Annual administration report of the Civil Veterinary Department of India - 1894-1895
Year: 1894
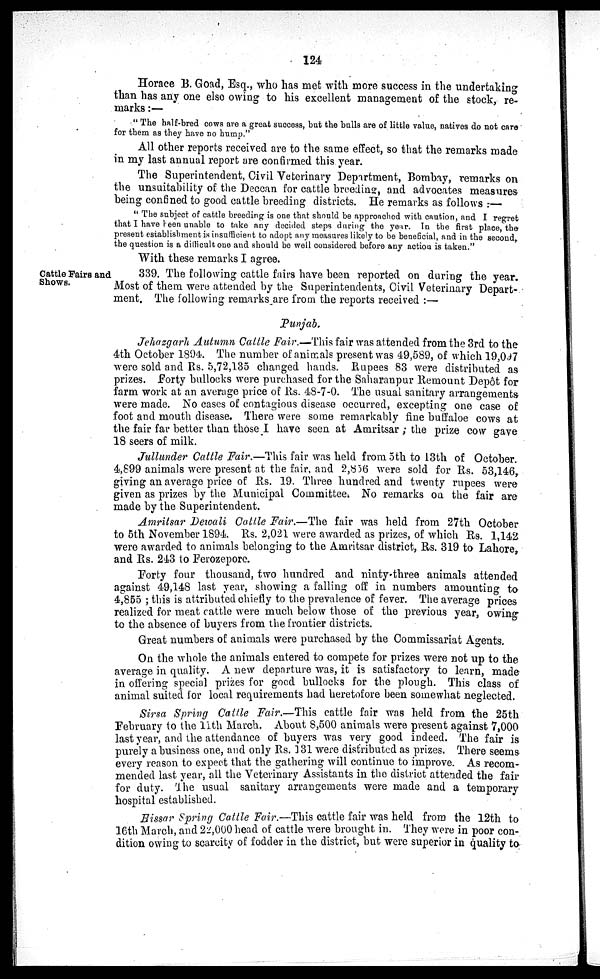
124
Horace B. Goad, Esq., who has met with more success in the undertaking
than has any one elso owing to his excellent management of the stock, re-
marks :—
" The half-bred cows are a great success, but the bulls are of little value, natives do not care
for them as they have no hump."
All other reports received are to the same effect, so that the remarks made
in my last annual report are confirmed this year.
The Superintendent, Civil Veterinary Department, Bombay, remarks on
the unsuitability of the Deccan for cattle breeding, and advocates measures
being confined to good cattle breeding districts. He remarks as follows :—
" The subject of cattle breeding is one that should be approached with caution, and I regret
that I have been unable to take any decided steps during the year. In the first place, the-
present establishment is insufficient to adopt any measures likely to be beneficial, and in the second,
the question is a difficult one and should be well considered before any action is taken."
With these remarks I agree.
Cattle Fairs and
Shows.
339. The following cattle fairs have been reported on during the year.
Most of them were attended by the Superintendents, Civil Veterinary Depart-
ment. The following remarks are from the reports received :—
Punjab.
Jehazgarh Autumn Cattle Fair.—This fair was attended from the 3rd to the
4th October 1894. The number of animals present was 49,589, of which 19,097
were sold and Rs. 5,72,135 changed hands. Rupees 83 were distributed as
prizes. Forty bullocks were purchased for the Saharanpur Remount Depot for
farm work at an average price of Rs. 48-7-0. The usual sanitary arrangements-
were made. No cases of contagious disease occurred, excepting one case of
foot and mouth disease. There were some remarkably fine buffaloe cows at
the fair far better than those I have seen at Amritsar ; the prize cow gave
18 seers of milk.
Jullunder Cattle Fair.—This fair was held from 5th to 13th of October.
4,899 animals were present at the fair, and 2,856 were sold for Rs. 53,146,
giving an average price of Rs. 19. Three hundred and twenty rupees were
given as prizes by the Municipal Committee. No remarks on the fair are
made by the Superintendent.
Amritsar Dewali Cattle Fair.—The fair was held from 27th October
to 5th November 1894. Rs. 2,021 were awarded as prizes, of which Rs. 1,142
were awarded to animals belonging to the Amritsar district, Rs. 319 to Lahore,
and Rs. 243 to Ferozepore.
Forty four thousand, two hundred and ninty-three animals attended
against 49,148 last year, showing a falling off in numbers amounting to
4,855 ; this is attributed chiefly to the prevalence of fever. The average prices
realized for meat cattle were much below those of the previous year, owing
to the absence of buyers from the frontier districts.
Great numbers of animals were purchased by the Commissariat Agents.
On the whole the animals entered to compete for prizes were not up to the
average in quality. A new departure was, it is satisfactory to learn, made
in offering special prizes for good bullocks for the plough. This class of
animal suited for local requirements had heretofore been somewhat neglected.
Sirsa Spring Cattle Fair.—This cattle fair was held from the 25th
February to the 11th March. About 8,500 animals were present against 7,000
last year, and the attendance of buyers was very good indeed. The fair is
purely a business one, and only Rs. 131 were distributed as prizes. There seems
every reason to expect that the gathering will continue to improve. As recom-
mended last year, all the Veterinary Assistants in the district attended the fair
for duty. The usual sanitary arrangements were made and a temporary
hospital established.
Hissar Spring Cattle Fair.—This cattle fair was held from the 12th to
16th March, and 22,000 head of cattle were brought in. They were in poor con-
dition owing to scarcity of fodder in the district, but were superior in quality to